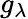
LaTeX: g_{\lambda}